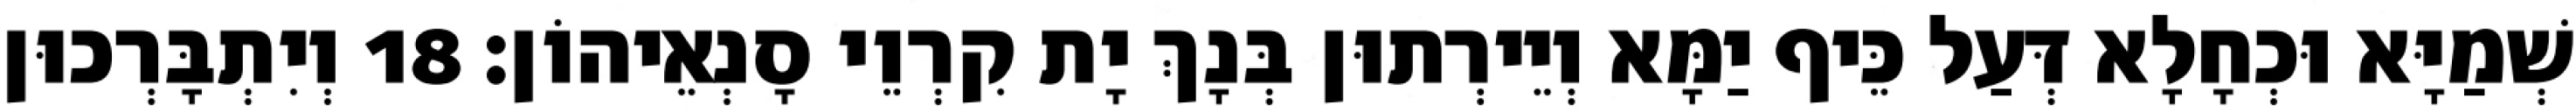
שְׁמַיָּא וּכְחָלָא דְּעַל כֵּיף יַמָּא וְיֵירְתוּן בְּנָךְ יָת קִרְוֵי סָנְאֵיהוֹן׃ 18 וְיִתְבָּרְכוּן